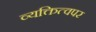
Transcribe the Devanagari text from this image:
व्यक्तित्वपर